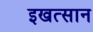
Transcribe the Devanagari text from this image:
इखत्सान